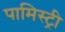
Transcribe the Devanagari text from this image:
पामिस्ट्री